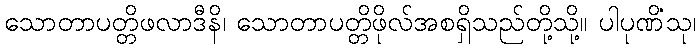
သောတာပတ္တိဖလာဒီနိ၊ သောတာပတ္တိဖိုလ်အစရှိသည်တို့သို့။ ပါပုဏိံသု၊